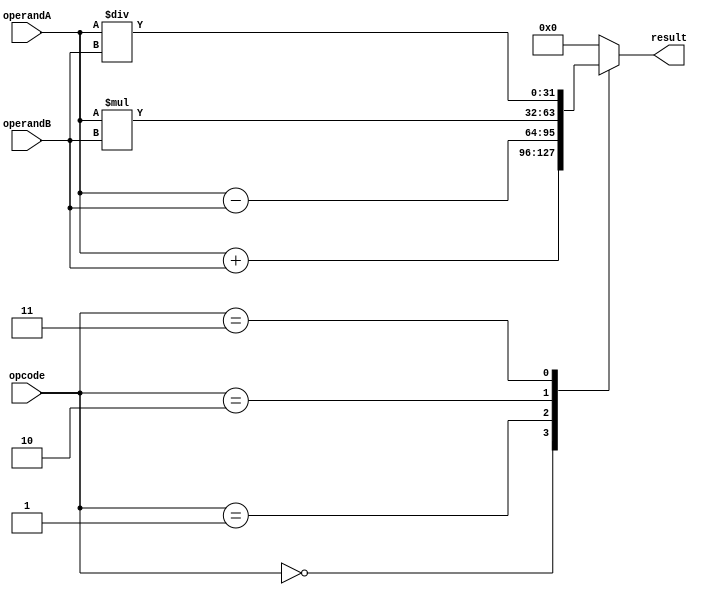
module ALU(
    input [31:0] operandA,
    input [31:0] operandB,
    input [2:0] opcode,
    output reg [31:0] result
);

always @(*)
begin
    case(opcode)
        3'b000: result = operandA + operandB; // addition operation
        3'b001: result = operandA - operandB; // subtraction operation
        3'b010: result = operandA * operandB; // multiplication operation
        3'b011: result = operandA / operandB; // division operation
        default: result = 32'b0; // default to 0 if invalid opcode
    endcase
end

endmodule